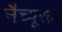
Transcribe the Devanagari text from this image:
नैच्यूरल